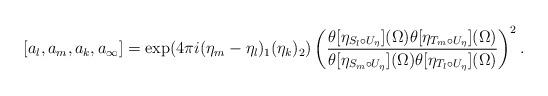
LaTeX: \begin{align*}[a_l,a_m,a_k,a_{\infty}]= \exp(4 \pi i (\eta_{m}-\eta_{l})_1(\eta_k)_2)\left( \frac{\theta[\eta_{S_l \circ U_\eta}](\Omega)\theta[\eta_{T_m \circ U_\eta}](\Omega)}{\theta[\eta_{S_m \circ U_\eta}](\Omega)\theta[\eta_{T_l \circ U_\eta}](\Omega)}\right)^2.\end{align*}